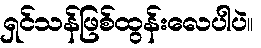
ရှင်သန်ဖြစ်ထွန်းလေပါပဲ။